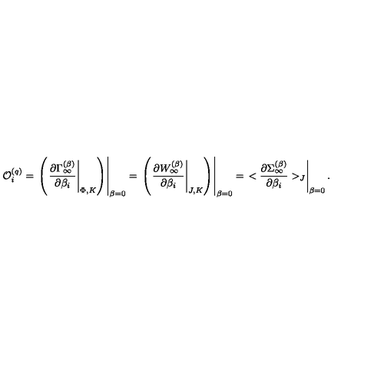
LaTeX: { \cal O } _ { i } ^ { ( q ) } = \left. \left( \left. { \frac { \partial \Gamma _ { \infty } ^ { ( \beta ) } } { \partial \beta _ { i } } } \right| _ { \Phi , K } \right) \right| _ { \beta = 0 } = \left. \left( \left. { \frac { \partial W _ { \infty } ^ { ( \beta ) } } { \partial \beta _ { i } } } \right| _ { J , K } \right) \right| _ { \beta = 0 } = \left. < { \frac { \partial \Sigma _ { \infty } ^ { ( \beta ) } } { \partial \beta _ { i } } } > _ { J } \right| _ { \beta = 0 } .